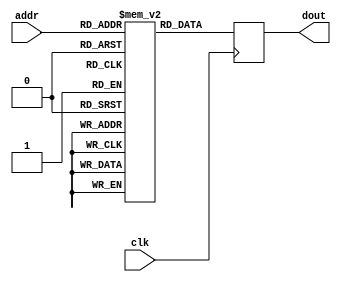
`timescale 1ns / 1ps
//////////////////////////////////////////////////////////////////////////////////
// Company: 
// Engineer: 
// 
// Design Name: 
// Module Name: OV7670_config_rom
// Project Name: 
// Target Devices: 
// Tool Versions: 
// Description: 
// 
// Dependencies: 
// 
// Revision:
// Revision 0.01 - File Created
// Additional Comments:
// 
//////////////////////////////////////////////////////////////////////////////////
//source: https://github.com/westonb/OV7670-Verilog

module OV7670_config_rom
	#(parameter I2C_ADDR_16 = 0,
	  parameter MIF_FILE = "./rtl/cam_config/ov5642_1280p_3_gray_60f.mif")
	(
    input wire clk,
    input wire [9:0] addr,
    output reg [15 + 8*I2C_ADDR_16:0] dout
    );
    
	(* ram_init_file = MIF_FILE *) reg [15 + 8*I2C_ADDR_16:0] rom [1023:0];
	
	always @ (posedge clk)
	begin
		dout <= rom[addr];
	end

endmodule